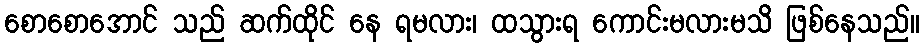
စောစောအောင် သည် ဆက်ထိုင် နေ ရမလား၊ ထသွားရ ကောင်းမလားမသိ ဖြစ်နေသည်။